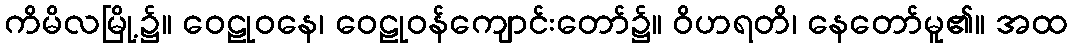
ကိမိလမြို့၌။ ဝေဠုဝနေ၊ ဝေဠုဝန်ကျောင်းတော်၌။ ဝိဟရတိ၊ နေတော်မူ၏။ အထ